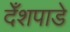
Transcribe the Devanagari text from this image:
देँशपाडे